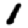
Digit: 1